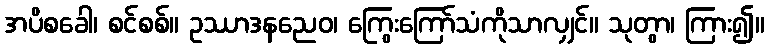
အပိစခေါ၊ စင်စစ်။ ဥဿာဒနညေဝ၊ ကြွေးကြော်သံကိုသာလျှင်။ သုတွာ၊ ကြား၍။